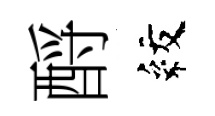
酹紋